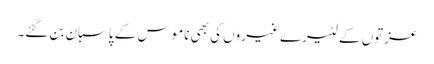
عزتوں کے لٹیرے غیروں کی بھی ناموس کے پاسبان بن گئے۔